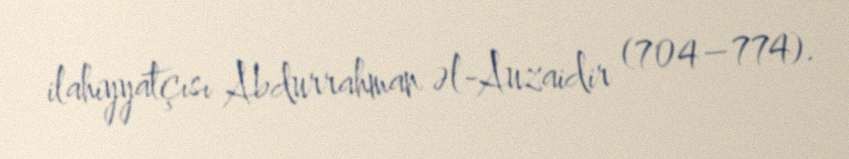
ilahiyyatçısı Abdurrahman əl-Auzaidir (704–774).